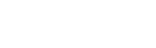
လည်ပတ်ပါမည်